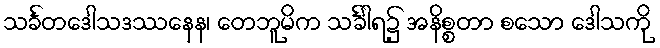
သင်္ခတဒေါသဒဿနေန၊ တေဘူမိက သင်္ခါရ၌ အနိစ္စတာ စသော ဒေါသကို